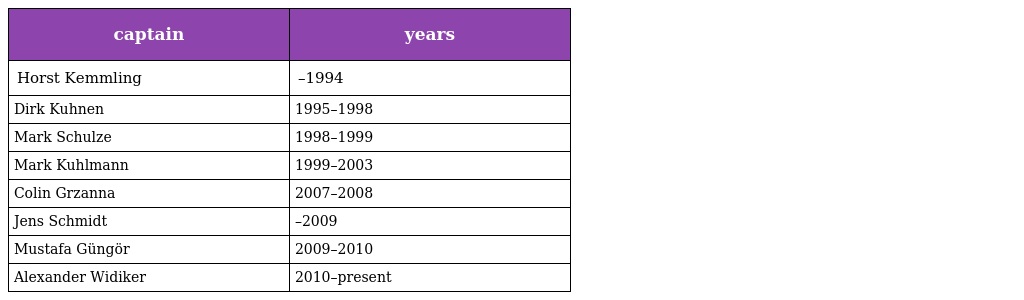
| captain | years |
 | --- | --- |
 | Horst Kemmling | –1994 |
 | Dirk Kuhnen | 1995–1998 |
 | Mark Schulze | 1998–1999 |
 | Mark Kuhlmann | 1999–2003 |
 | Colin Grzanna | 2007–2008 |
 | Jens Schmidt | –2009 |
 | Mustafa Güngör | 2009–2010 |
 | Alexander Widiker | 2010–present |